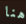
هنا